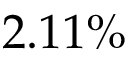
2 . 1 1 \%